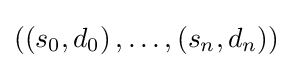
\left(\left(s_{0},d_{0}\right),\dots ,\left(s_{n},d_{n}\right)\right)